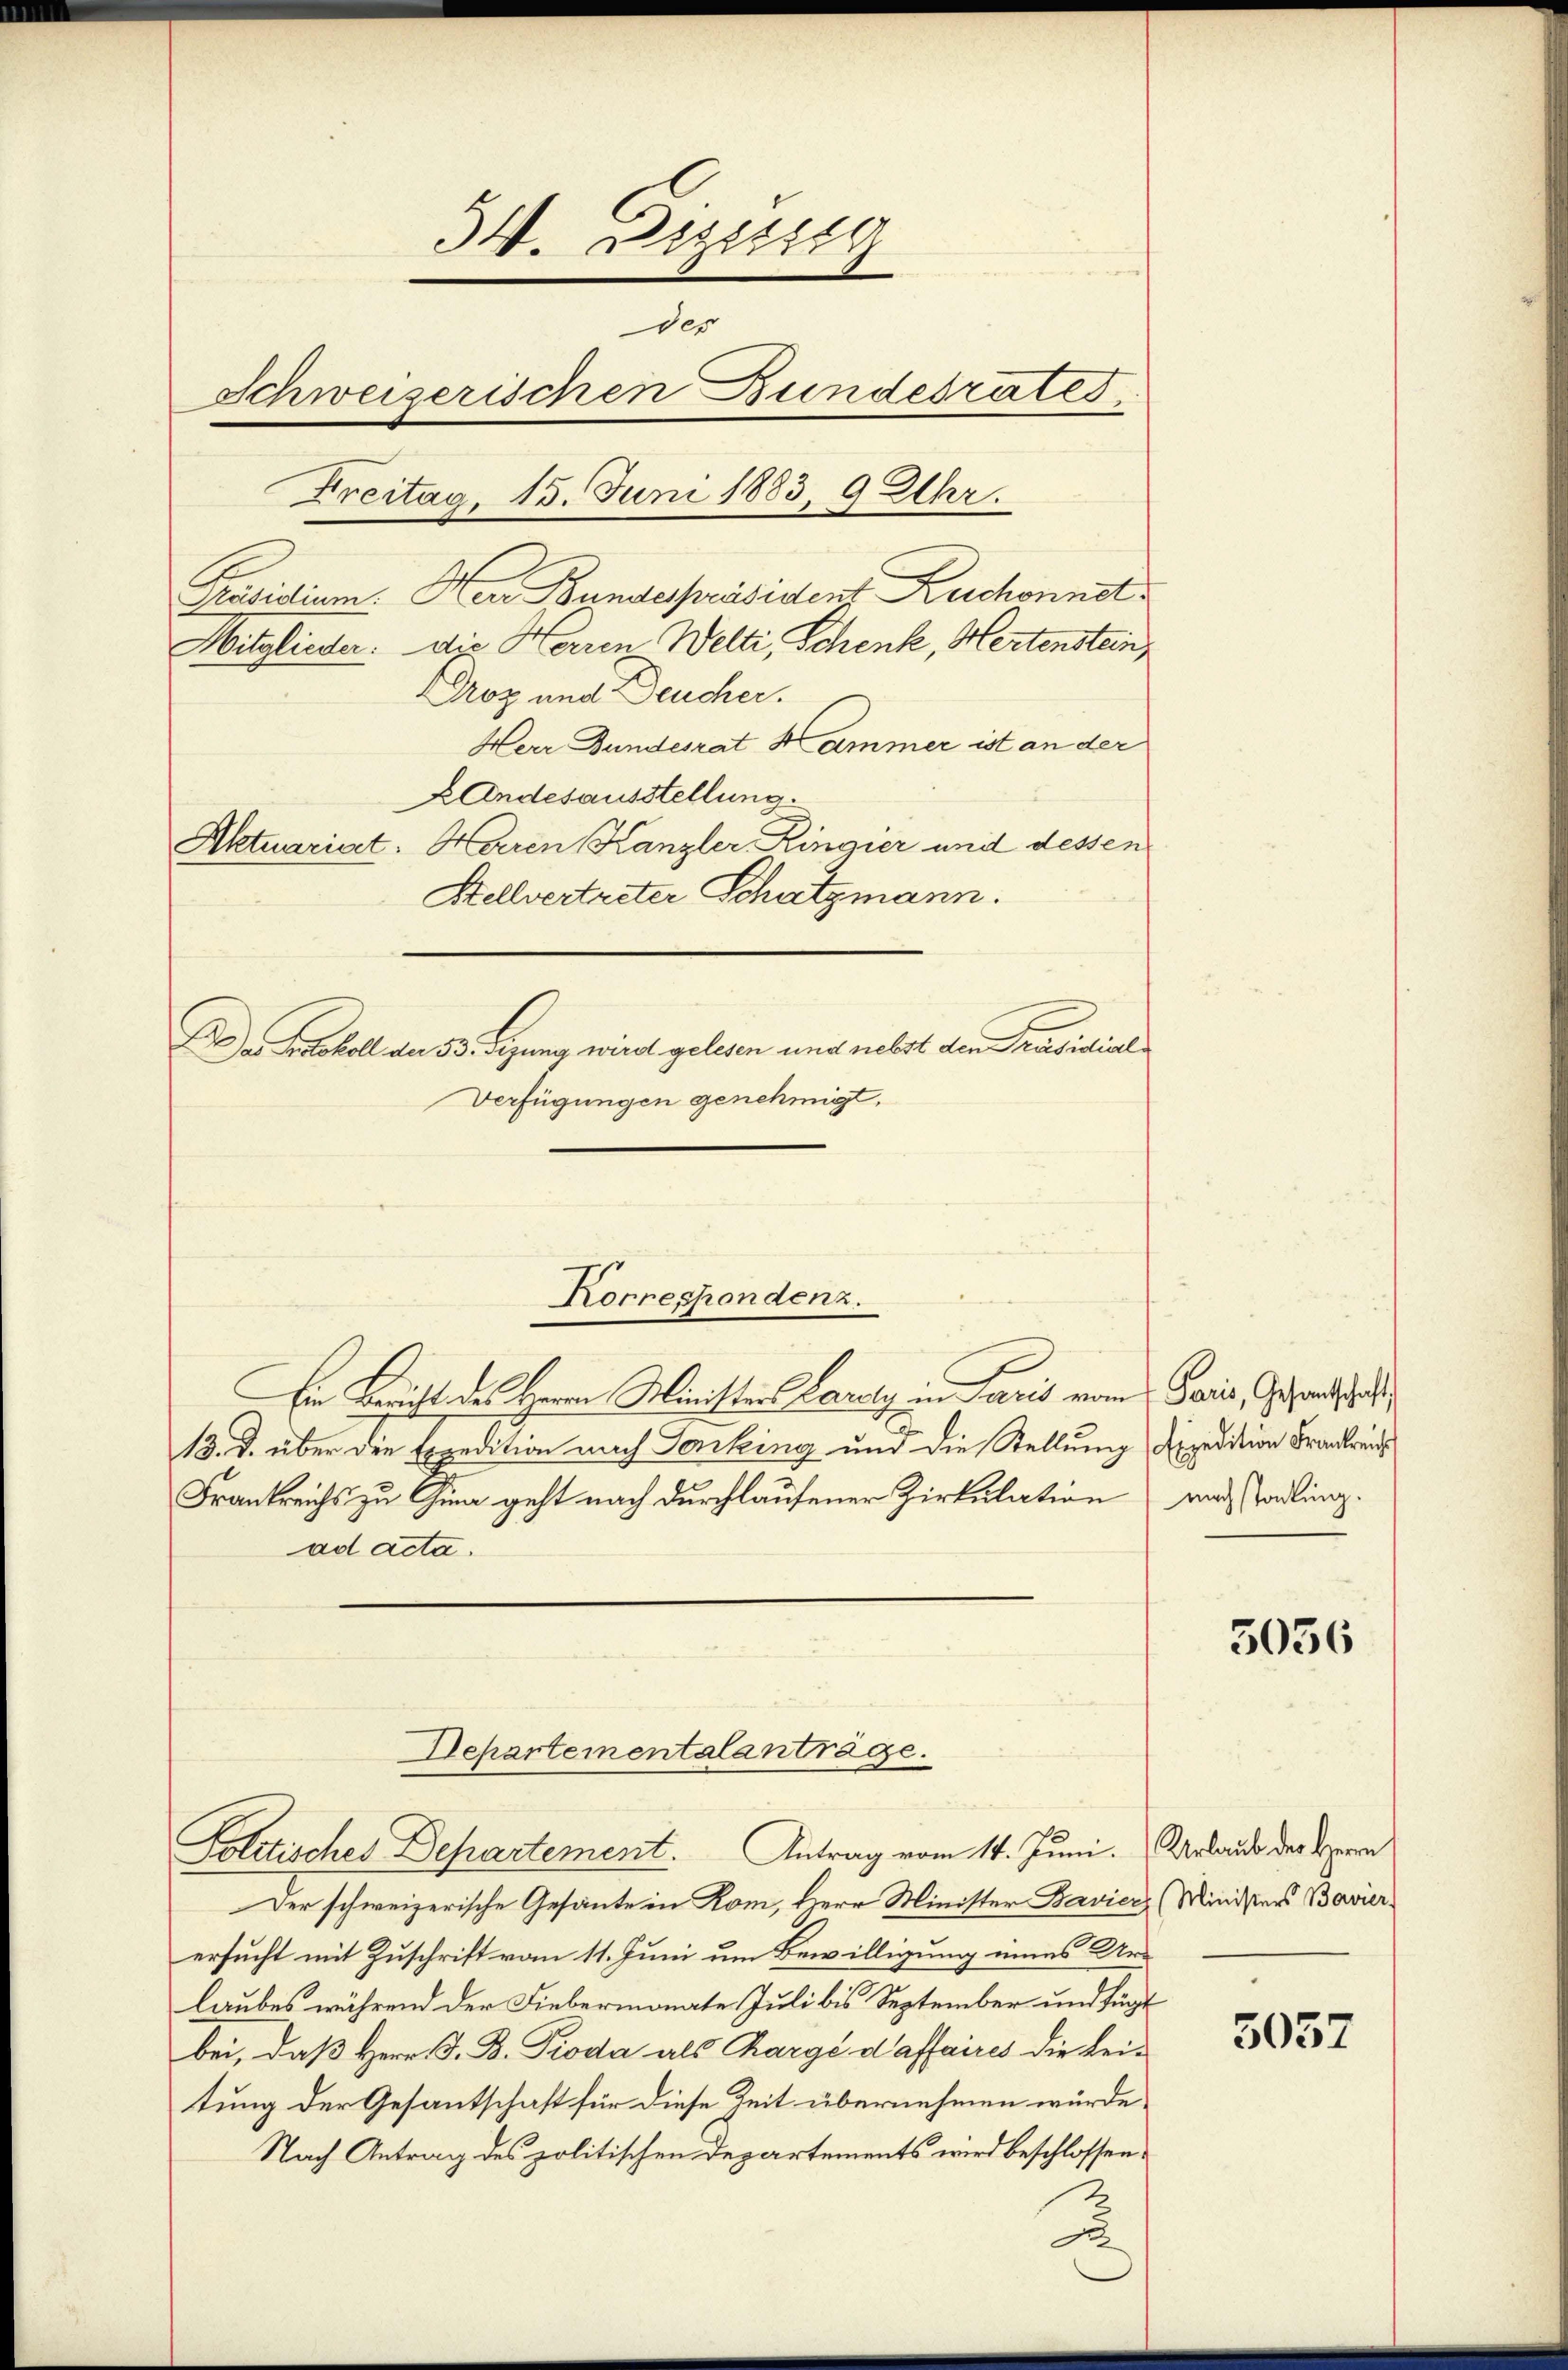
34. Diesig
des
Schweizerischen Bundesrates
Freitag, 15. Juni 1883, 9 Uhr.
Präsidium. Herr Bundespräsident Ruchonnet
Mitglieder. die Herren Welti, Schenk, Hertenstein,
Droz und Deucher.
Herr Bundesrat Kammer ist an der
Landesausstellung.
Aktuariat. Haren Kanzler, Ringier und dessen
Stellvertreter Schatzmann.
Da Protokoll den 53. Sezung wird gelesen und nebst den Präsidial-
Verfügungen genehmigt.

Ein Bericht des Herrn Minister Paraly in Paris vom
13. d. über die Expedition nach Tonking und die Stellung
Frankreichs zu Gina geht nach durchlaufener Zirkulation
ad acta.

Der schweizerische Gesante in Rom, Herr Minister Bavier (Ministers Bavier
ersucht mit Zuschrift vom 11. Juni um Bewilligung eines Ur-
laubes während der Fiebermonate Juli bis September und fügt
bei, daß Herr G. B. Pioda als Chargé daffaires die beitung der Gesantschaft für diese Zeit übernehmen würde.
Nach Antrag des politischen Departements wird beschlossen,
2

Korrespondenz.

Departementalanträge.
Politisches Departement. Antrag vom 14. Juni.  Urlaus der Opern

Paris, Gesandtschaft
Eipedition Frankreich
nach stadling.

3056

5057